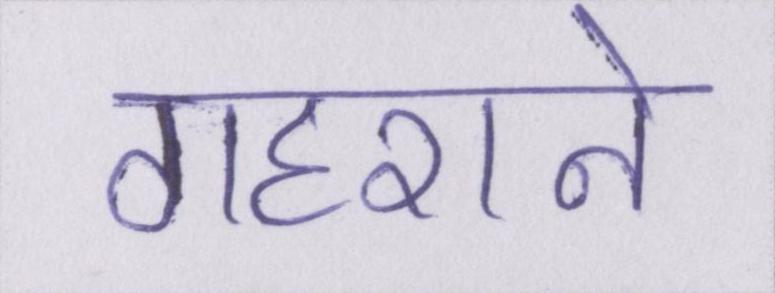
गहराने